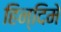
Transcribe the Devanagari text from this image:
हिन्दिमे